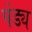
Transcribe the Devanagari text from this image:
पंड्य